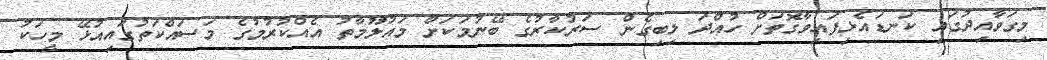
މިގަވާއިދުގައި ކަނޑައެޅިފައިވާގޮތަށް ހުއްދަ ލިބިގެން ސަރުކާރުގެ ބޭނުމަކަށް މައުލޫމާތު އެއްކުރުމުގެ މަސައްކަތުގައިއުޅޭ މީހަކު